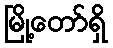
မြို့တော်ရှိ